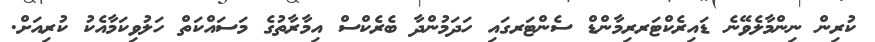
ކުރިން ނިންމާލެވޭނެ ޑައިރެކްޓަރރިމާންޑް ސެންޓަރގައި ހަދަމުންދާ ބެރެކްސް އިމާރާތުގެ މަސައްކަތް ހަލުވިކަމާއެކު ކުރިއަށް.